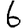
Digit: 6